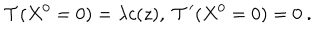
\mathcal { T } ( X ^ { 0 } = 0 ) = \lambda c ( z ) , \ \mathcal { T } ^ { \prime } ( X ^ { 0 } = 0 ) = 0 \ .